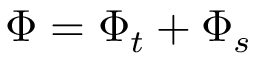
\Phi = \Phi _ { t } + \Phi _ { s }